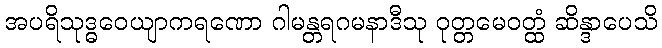
အပရိသုဒ္ဓဝေယျာကရဏော ဂါမန္တရဂမနာဒီသု ဝုတ္တမေဝတ္ထံ ဆိန္ဒာပေသိ